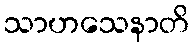
သာဟသေနာတိ